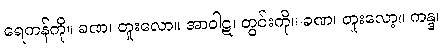
ရေကန်ကို။ ခဏ၊ တူးလော။ အာဝါဋ၊ တွင်းကို။ ခဏ၊ တူးလော့။ ကန္ဒ၊